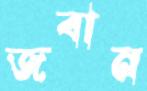
জবান